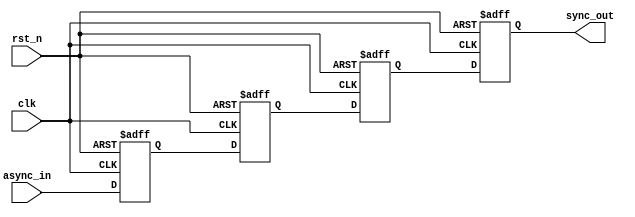
module triple_ff_synchronizer (
    input wire async_in,  // Asynchronous input signal
    input wire clk,       // Clock signal of the target domain
    input wire rst_n,     // Asynchronous active-low reset
    output reg sync_out   // Synchronized output signal
);

    // Internal flip-flop signals
    reg ff1, ff2, ff3;

    // Always block triggered on the rising edge of the clock or the active-low reset
    always @(posedge clk or negedge rst_n) begin
        if (!rst_n) begin
            // Asynchronous reset
            ff1 <= 1'b0;
            ff2 <= 1'b0;
            ff3 <= 1'b0;
            sync_out <= 1'b0;
        end else begin
            // Synchronization process
            ff1 <= async_in;  // Sample async input
            ff2 <= ff1;       // Pass to next flip-flop
            ff3 <= ff2;       // Pass to final flip-flop
            sync_out <= ff3;  // Output the synchronized signal
        end
    end

endmodule